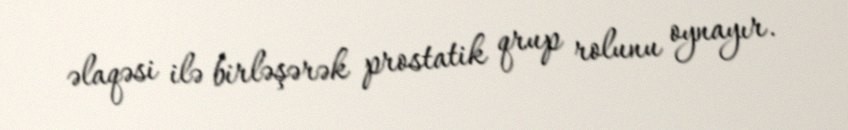
əlaqəsi ilə birləşərək prostatik qrup rolunu oynayır.